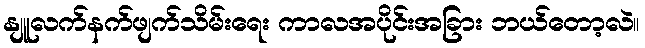
နျူလက်နက်ဖျက်သိမ်းရေး ကာလအပိုင်းအခြား ဘယ်တော့လဲ။